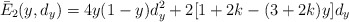
\begin{align*}\bar{E}_2 (y, d_y) = 4y(1-y)d_y^2 +2[ 1+2k -(3+2k)y] d_y\end{align*}